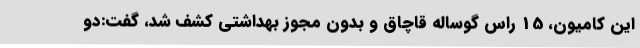
این کامیون، 15 راس گوساله قاچاق و بدون مجوز بهداشتی کشف شد، گفت:دو